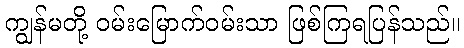
ကျွန်မတို့ ဝမ်းမြောက်ဝမ်းသာ ဖြစ်ကြရပြန်သည်။